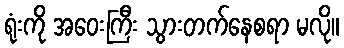
ရုံးကို အဝေးကြီး သွားတက်နေစရာ မလို။